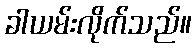
ခါယမ်းလိုက်သည်။